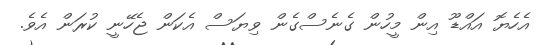
އެހެޔޮ އައްޑޫ އިން މީހުން ގެނެސްގެން ވިޔަސް އެކަން ޖެހޭނީ ކުރަން އެވެ.